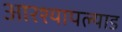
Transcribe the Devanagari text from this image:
आरश्यापल्याड